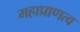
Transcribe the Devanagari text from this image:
महाप्राणत्व